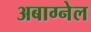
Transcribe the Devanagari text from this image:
अबाग्नेल